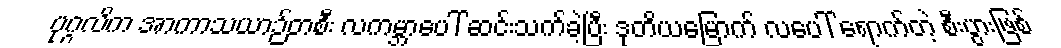
ပုဂ္ဂလိက အာကာသယာဉ်တစီး လကမ္ဘာပေါ် ဆင်းသက်ခဲ့ပြီး ဒုတိယမြောက် လပေါ် ရောက်တဲ့ စီးပွားဖြစ်